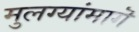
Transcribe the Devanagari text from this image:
मुलग्यांमागॆ